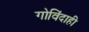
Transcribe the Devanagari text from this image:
गोविंदाही